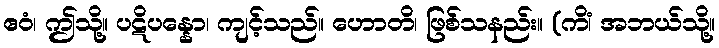
ဧဝံ၊ ဤသို့။ ပဋိပန္နော၊ ကျင့်သည်။ ဟောတိ၊ ဖြစ်သနည်း။ (ကိံ၊ အဘယ်သို့။